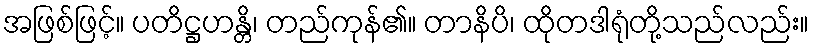
အဖြစ်ဖြင့်။ ပတိဋ္ဌဟန္တိ၊ တည်ကုန်၏။ တာနိပိ၊ ထိုတဒါရုံတို့သည်လည်း။